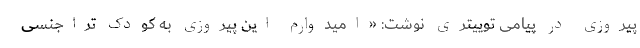
پیروزی در پیامی توییتری نوشت: «امیدوارم این پیروزی به کودک تراجنسی